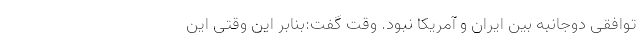
توافقی دوجانبه بین ایران و آمریکا نبود. وقت گفت:‌بنابر این وقتی این